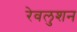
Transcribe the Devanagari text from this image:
रेवलुशन